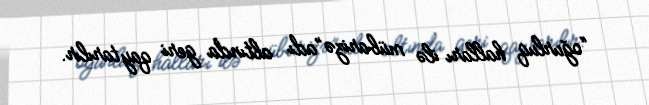
“oğurluq halları ilə mübarizə”adı altında geri qaytarılır.